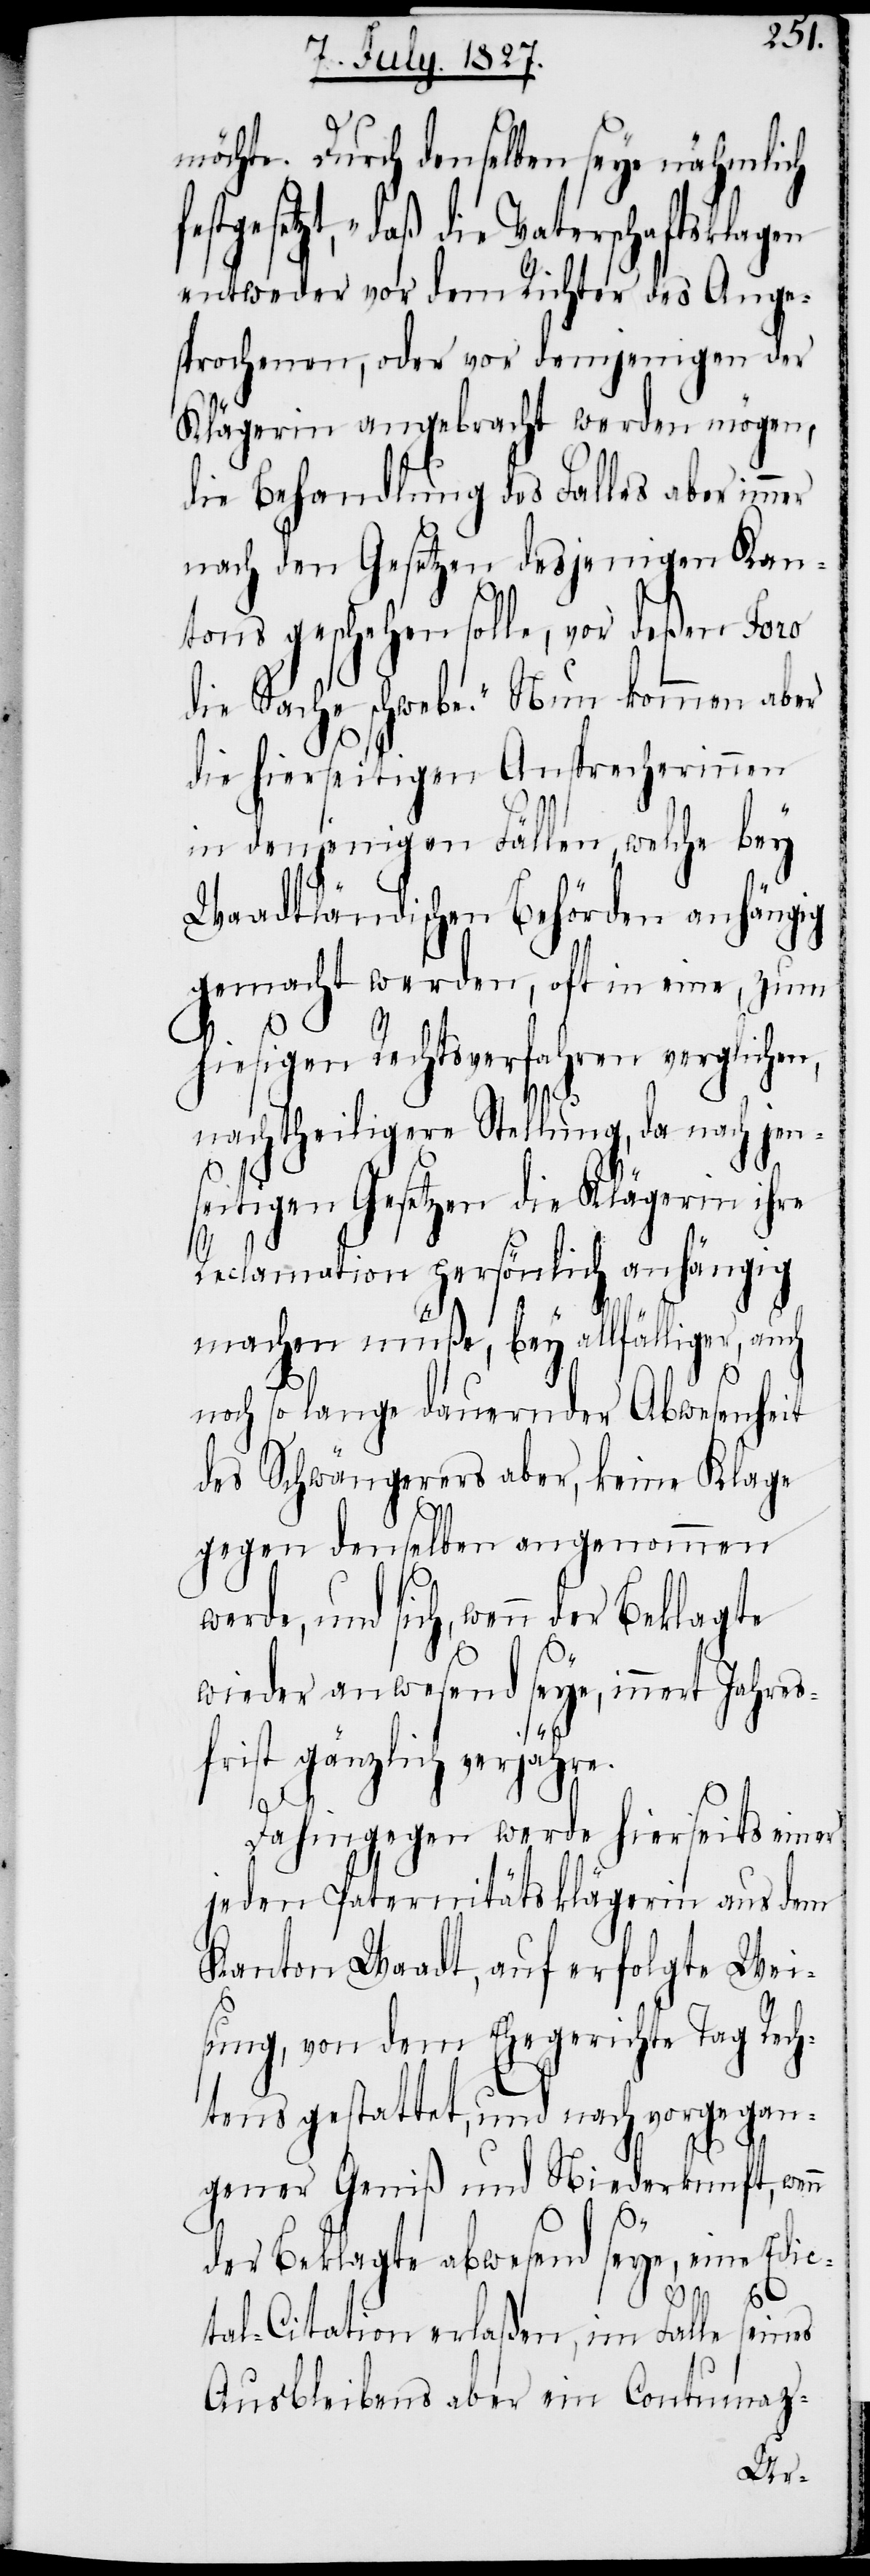
möchte. Durch denselben seye nähmlich
tgesetzt, „daß die Vaterschaftsklagen
entweder vor dem Richter des Ange¬
sprochenen, oder vor demjenigen der
Klägerin angebracht werden mögen,
die Behandlung des Falles aber immer
nach den Gesetzen desjenigen Kan¬
der
tons geschehen solle, vor deßen Foro
die Sache schwebe.“ Nun kommen aber
die hierseitigen Ansprecherinnen
in denjenigen Fällen, welche bey
Waadtländischen Behörden anhängig
gemacht werden, oft in eine, zum
hiesigen Rechtsverfahren verglichen,
nachtheiligen Stellung, da nach jen¬
seitigen Gesetzen die Klägerin ihre
Reclamation persönlich anhängig
machen müße, bey allfälliger, auch
noch so lange dauernder Abwesenheit
des Schwängerers aber, eine Klage
gegen denselben angenommen
wieder anwesend seye, innert Jahres¬
frist gänzlich verjähre.
Dahingegen werde hierseits einer
jeden Paternitätsklägerin aus dem
Kanton Waadt, auf erfolgte Wei¬
sung, von dem Ehegerichte Tag Rech¬
tens gestattet, und nach vorgegan¬
gener Geniß und Niederkunft, wenn
der Beklagte abwesend seye, eine Edic¬
tal-Citation erlaßen, im Falle seines
Ausbleibens aber ein Contumaz-